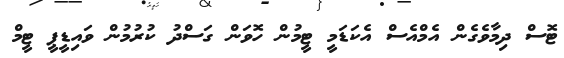
ޓޮސް ދިމާވެގެން އެމްއެސް އެކަޑަމީ ޓީމުން ހޮވަން ގަސްދު ކުރުމުން ވައިޑީޕީ ޓީމް